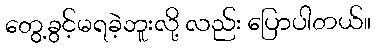
တွေ့ခွင့်မရခဲ့ဘူးလို့ လည်း ပြောပါတယ်။